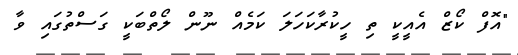
"އޮފް ކޯޒް އެއީކީ ތި ހީކުރާކަހަލަ ކަމެއް ނޫން ލޯތްބަކީ ގަސްތުގައި ވާ